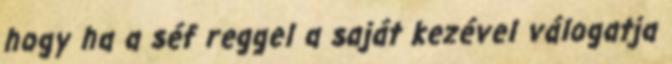
hogy ha a séf reggel a saját kezével válogatja